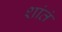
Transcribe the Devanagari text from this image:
शांतं